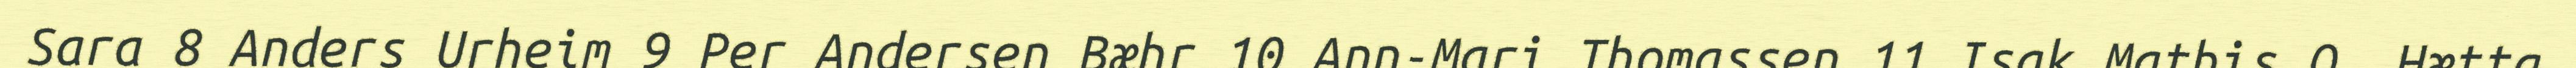
Sara 8 Anders Urheim 9 Per Andersen Bæhr 10 Ann-Mari Thomassen 11 Isak Mathis O. Hætta